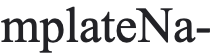
mplateNa-